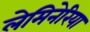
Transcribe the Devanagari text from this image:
लेमिनेरिया